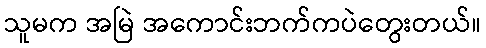
သူမက အမြဲ အကောင်းဘက်ကပဲတွေးတယ်။